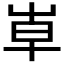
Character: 𡴐